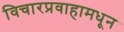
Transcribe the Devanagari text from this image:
विचारप्रवाहामधून